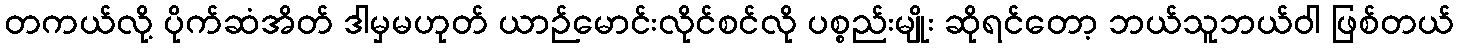
တကယ်လို့ ပိုက်ဆံအိတ် ဒါမှမဟုတ် ယာဉ်မောင်းလိုင်စင်လို ပစ္စည်းမျိုး ဆိုရင်တော့ ဘယ်သူဘယ်ဝါ ဖြစ်တယ်